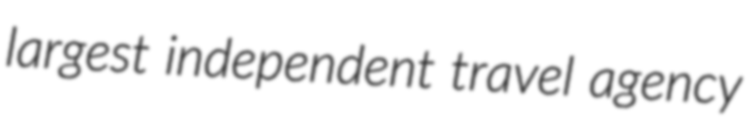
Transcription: largest independent travel agency